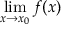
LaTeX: \operatorname* { l i m } _ { x \to x _ { 0 } } f ( x )